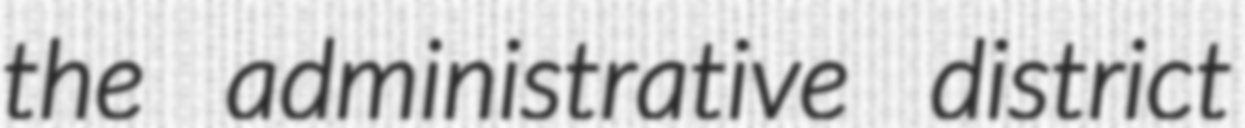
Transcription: the administrative district